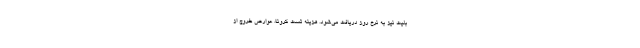
بلیت نیز به نرخ روز دریافت می‌شود. هزینه تست کرونا، عوارض خروج از